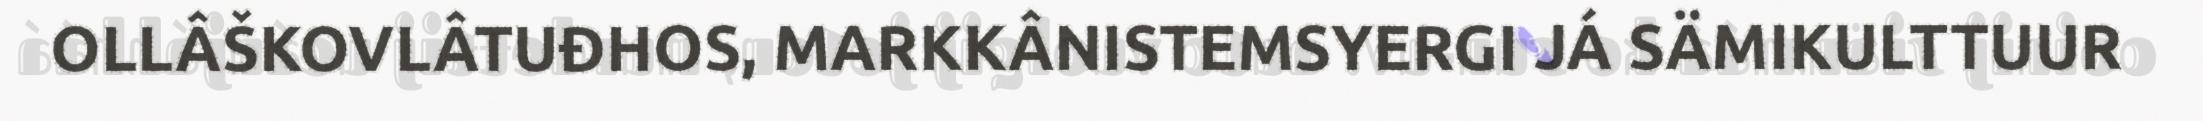
OLLÂŠKOVLÂTUĐHOS, MARKKÂNISTEMSYERGI JÁ SÄMIKULTTUUR